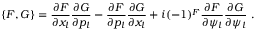
\{ F , G \} = \frac { \partial F } { \partial x _ { l } } \frac { \partial G } { \partial p _ { l } } - \frac { \partial F } { \partial p _ { l } } \frac { \partial G } { \partial x _ { l } } + i ( - 1 ) ^ { F } \frac { \partial F } { \partial \psi _ { l } } \frac { \partial G } { \partial \psi _ { l } } \ .